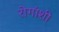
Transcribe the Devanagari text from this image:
रोगांशी